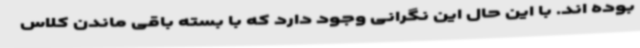
بوده اند. با این حال این نگرانی وجود دارد که با بسته باقی ماندن کلاس